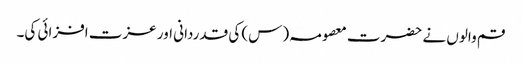
قم والوں نے حضرت معصومہ (س) کی قدردانی اور عزت افزائی کی۔